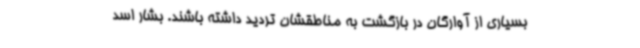
بسیاری از آوارگان در بازگشت به مناطقشان تردید داشته باشند. بشار اسد